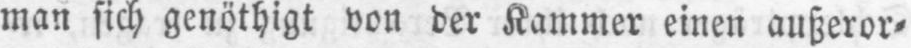
man sich genöthigt von der Kammer einen außeror⸗